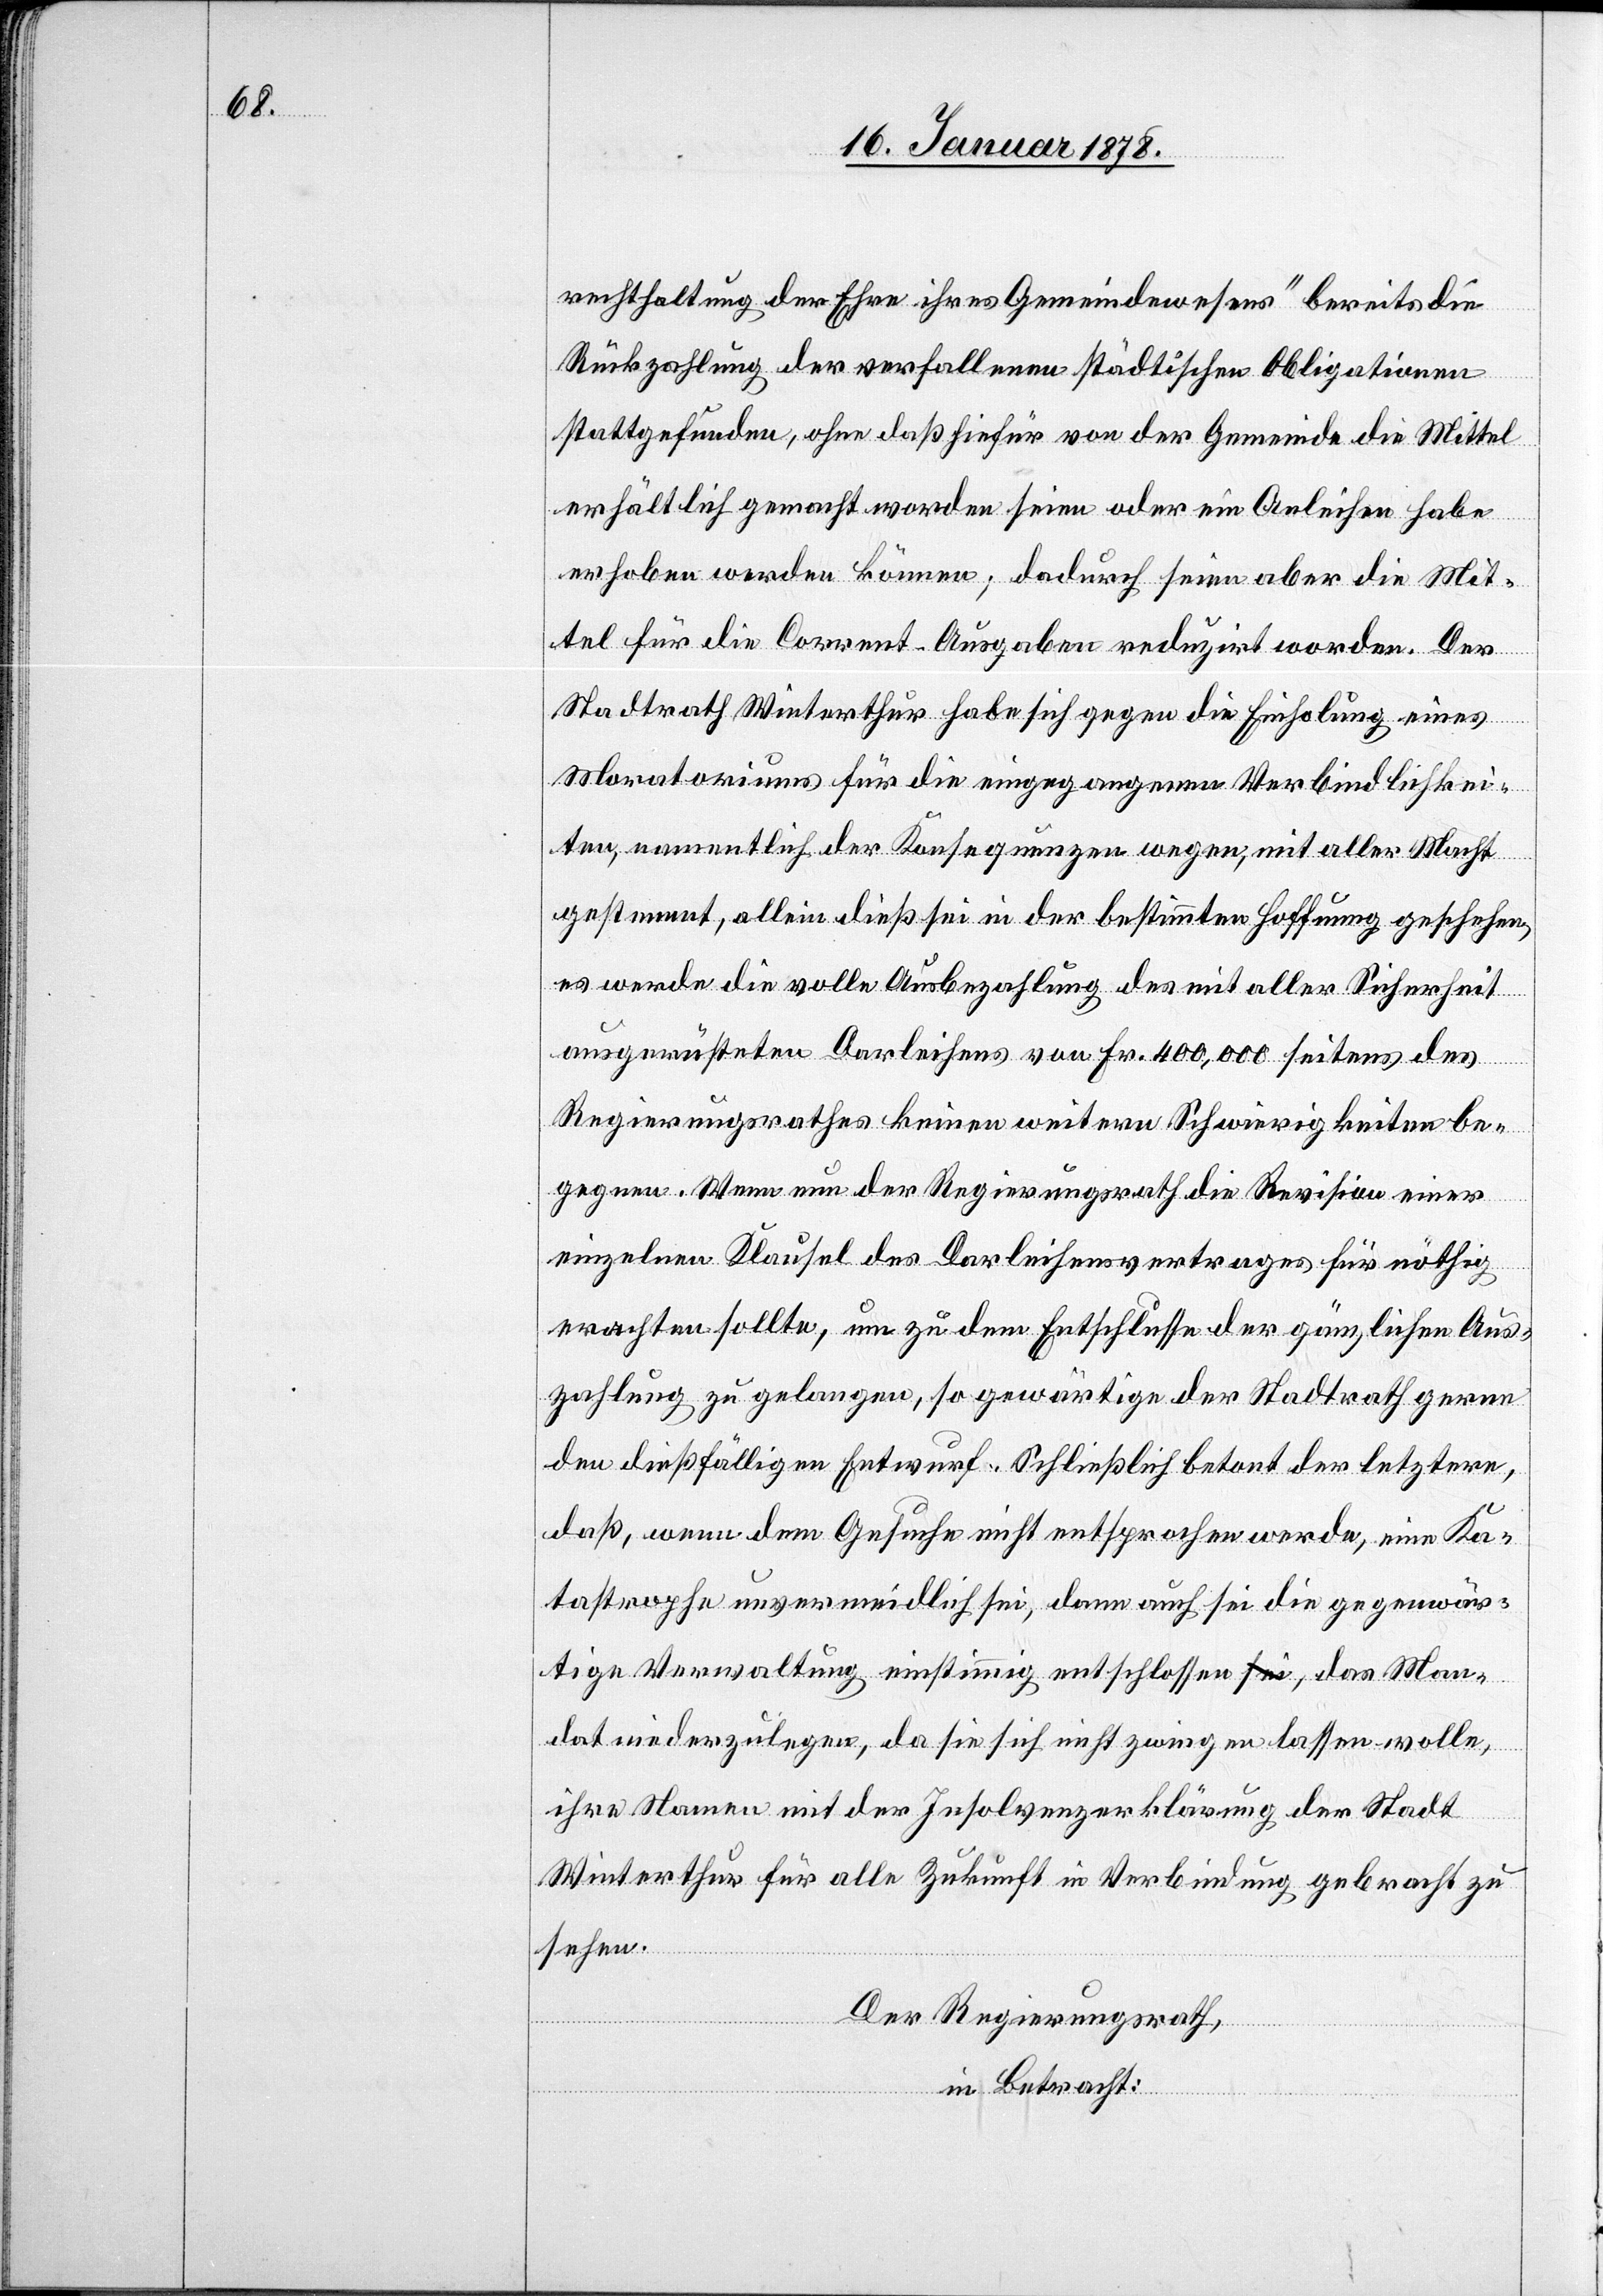
rechterhaltung der Ehre ihres Gemeindewesens“ bereits die
Rückzahlung der verfallenen städtischen Obligationen
stattgefunden, ohne daß hiefür von der Gemeinde die Mittel
erhältlich gemacht worden seien oder ein Anleihen habe
erhoben werden können; dadurch seien aber die Mit¬
tel für die Corrent-Ausgaben reduzirt worden. Der
Stadtrath Winterthur habe sich gegen die Einholung eines
Moratoriums für die eingegangenen Verbindlichkei¬
ten, namentlich der Konsquenzen wegen, mit aller Macht
gestemmt, allein dieß sei in der bestimmten Hoffnung geschehen,
es werde die volle Ausbezahlung des mit aller Sicherheit
ausgerüsteten Darleihens von Fr. 400,000 seitens des
Regierungsrathes keinen weitern Schwierigkeiten be¬
gegnen. Wenn nun der Regierungsrath die Revision einer
einzelnen Klausel des Darleihensvertrages für nöthig
erachten sollte, um zu dem Entschlusse der gänzlichen Aus¬
zahlung zu gelangen, so gewärtige der Stadtrath gerne
den dießfälligen Entwurf. Schließlich betont der letztere,
daß, wenn dem Gesuche nicht entsprochen werde, eine Ka¬
tastrophe unvermeidlich sei, dann auch sei die gegenwär¬
tige Verwaltung einstimmig entschlossen, das Man¬
dat niederzulegen, da sie sich nicht zwingen lassen wolle,
ihre Namen mit der Insolvenzerklärung der Stadt
Winterthur für alle Zukunft in Verbindung gebracht zu
sehen.
Der Regierungsrath,
in Betracht: